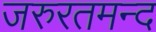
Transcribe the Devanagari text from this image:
जरुरतमन्द